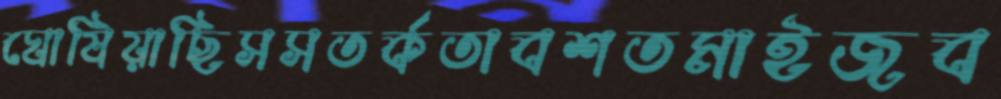
ঘোষিয়াছিসসতর্কতাবশতমাইজব